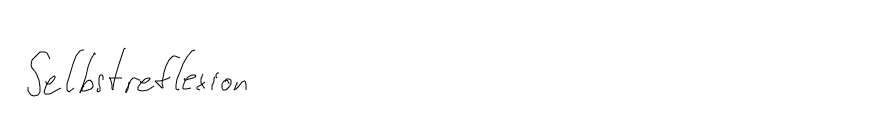
Selbstreflexion